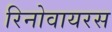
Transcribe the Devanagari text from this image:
रिनोवायरस